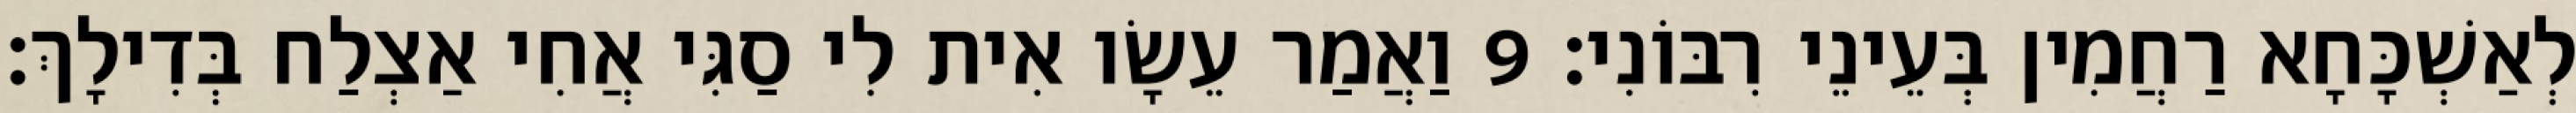
לְאַשְׁכָּחָא רַחֲמִין בְּעֵינֵי רִבּוֹנִי׃ 9 וַאֲמַר עֵשָׂו אִית לִי סַגִּי אֲחִי אַצְלַח בְּדִילָךְ׃